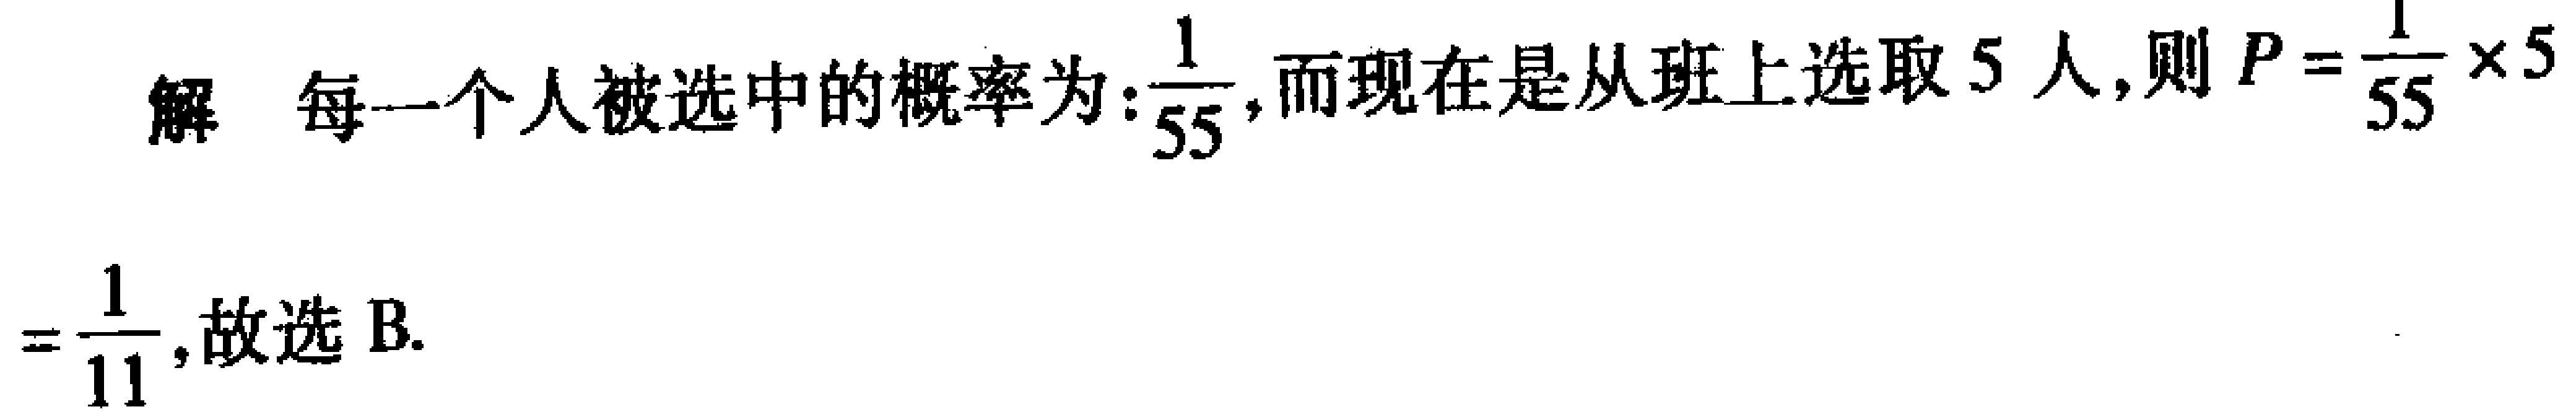
解 每一个人被选中的概率为:$\frac{1}{55}$,而现在是从班上选取$5$人, 则$P = \frac{1}{55} \times 5$
$=\frac{1}{11}$, 故选 B.